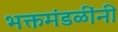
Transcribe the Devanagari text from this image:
भक्तमंडळींनी